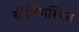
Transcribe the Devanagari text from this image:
बीजिंगस्थित